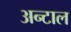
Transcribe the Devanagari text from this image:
अन्टाल